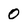
Character: 0